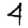
Digit: 4